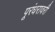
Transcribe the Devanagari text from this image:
पूरंधरावरी